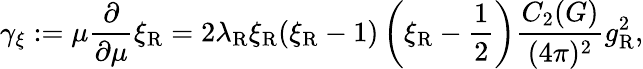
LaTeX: \gamma_{\xi}:=\mu\frac\partial{\partial\mu}\xi_{\mathrm{R}}=2\lambda_{\mathrm{R}}\xi_{\mathrm{R}}(\xi_{\mathrm{R}}-1)\left(\xi_{\mathrm{R}}-{\frac{1}{2}}\right)\frac{C_{2}(G)}{(4\pi)^{2}}g_{\mathrm{R}}^{2},